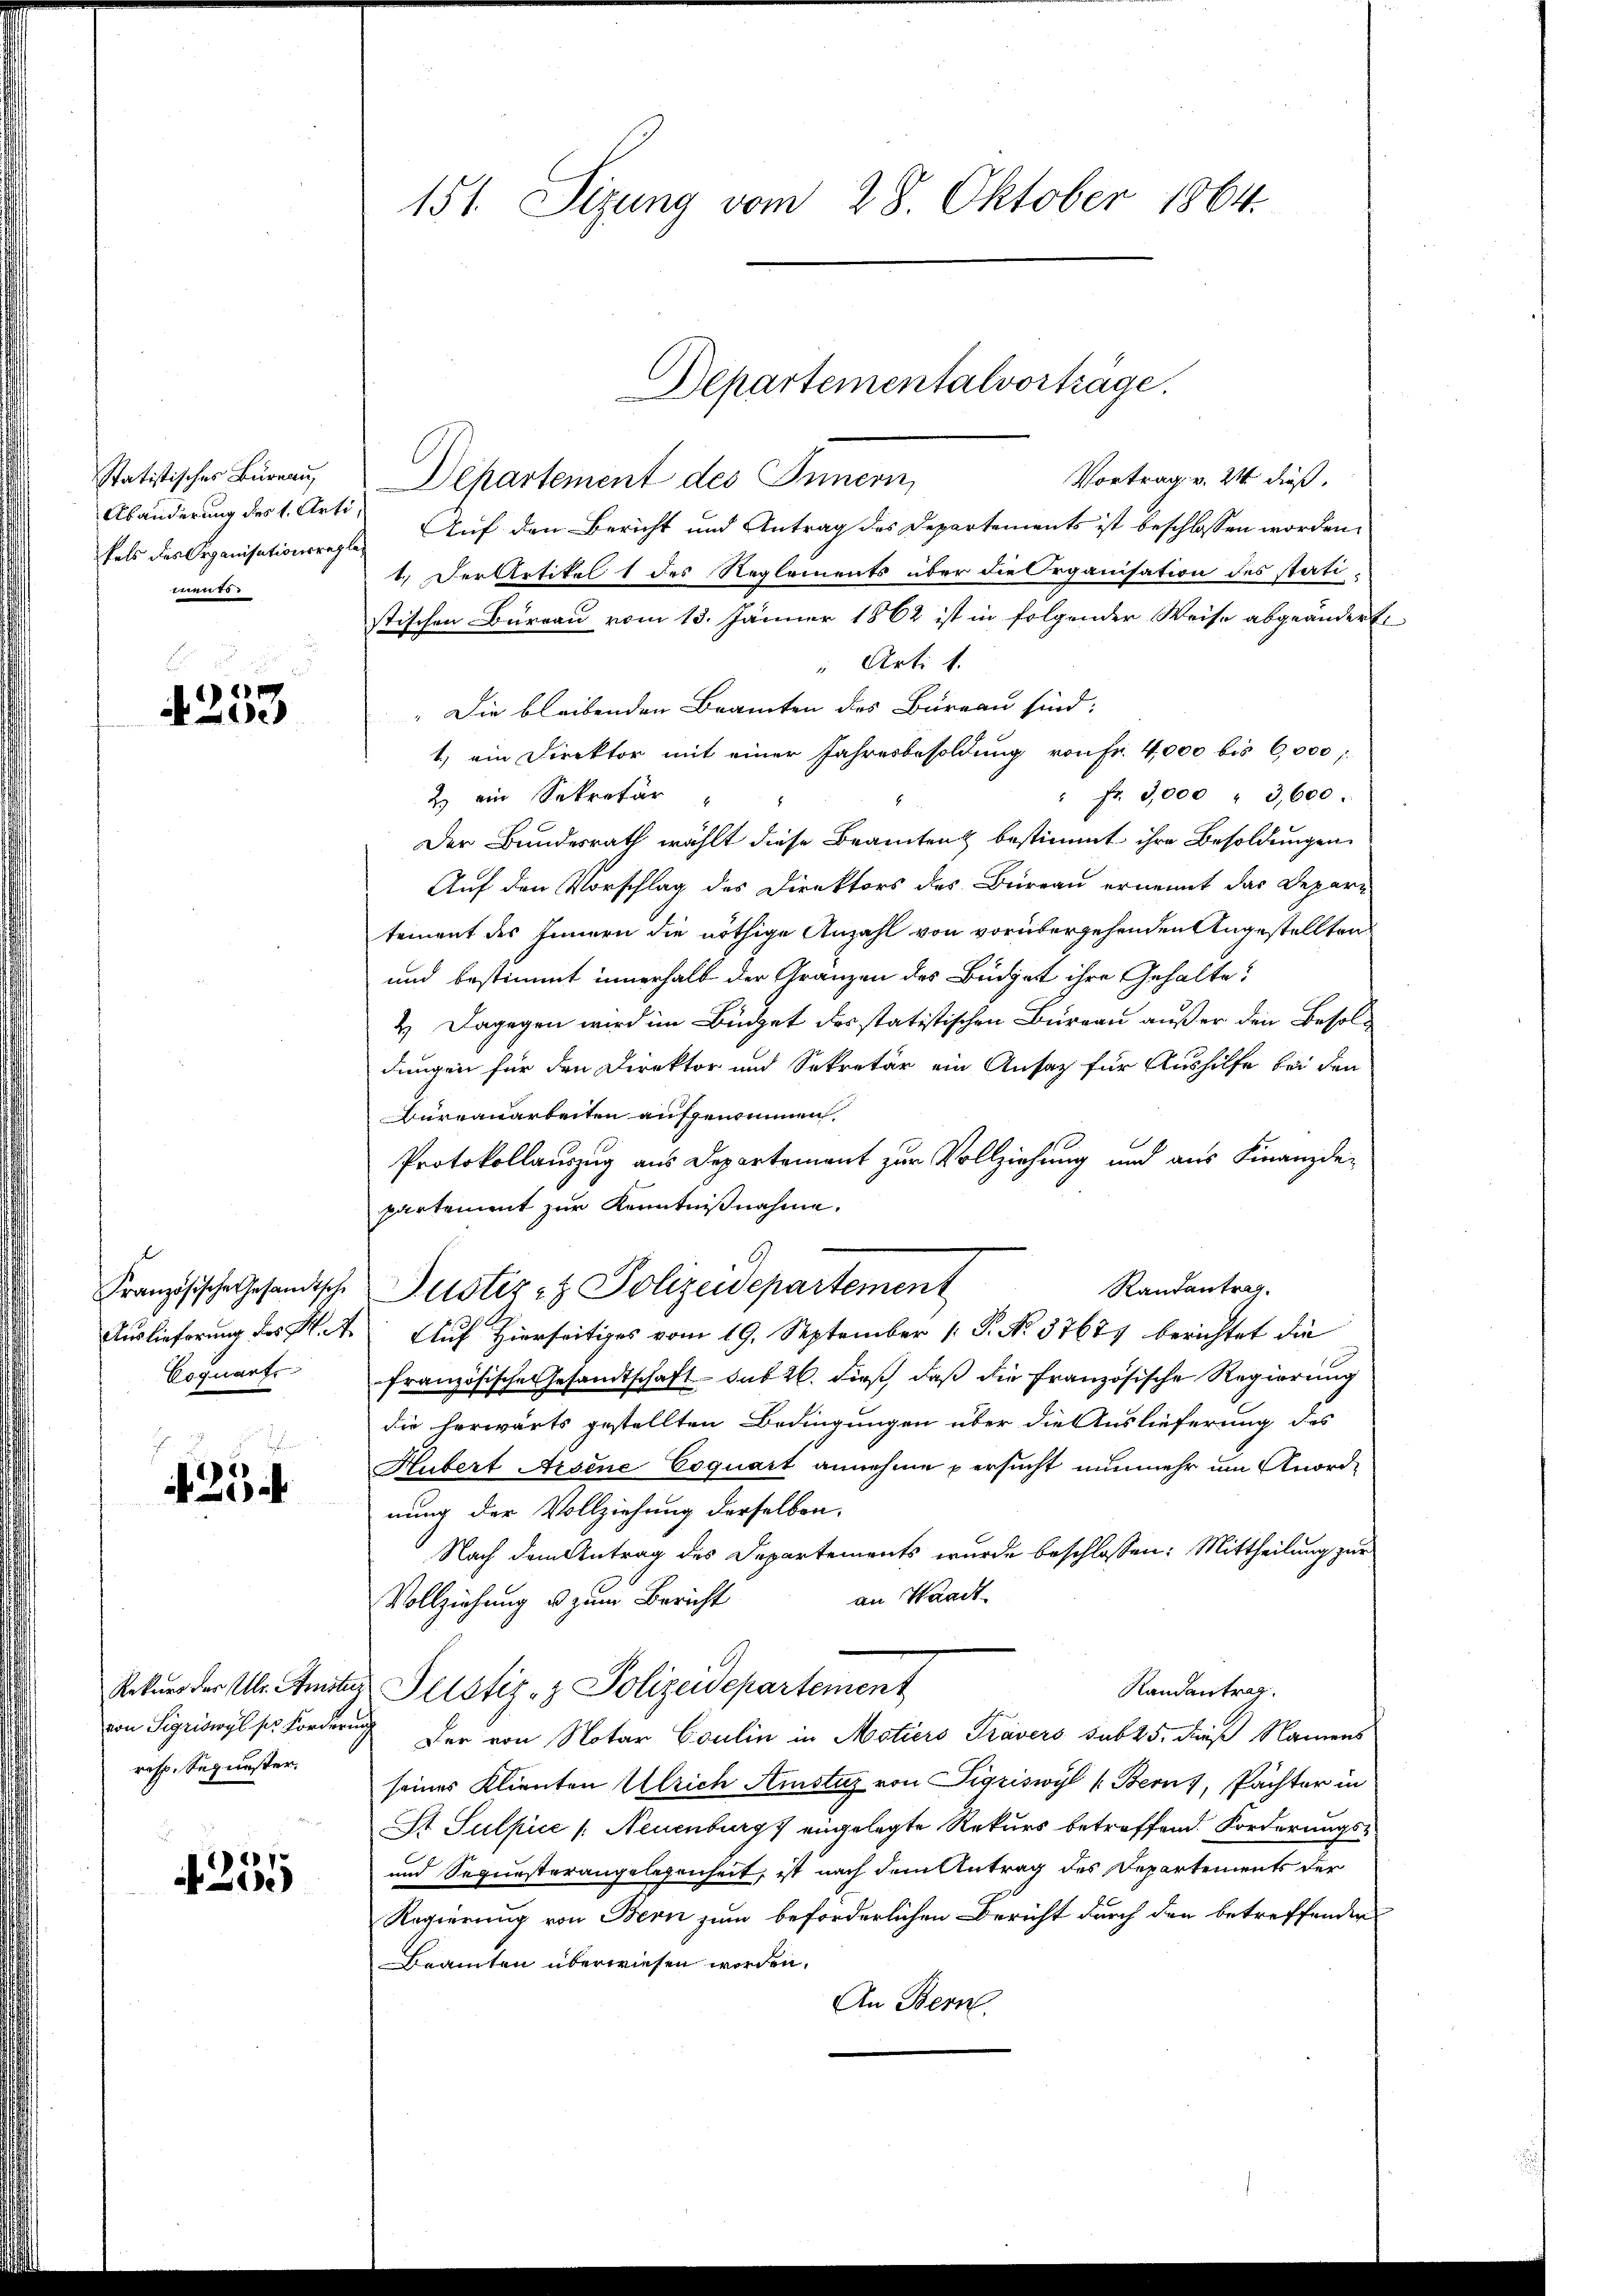
Statistisches Büreau,
Abänderung des 1. Arti,
mn 75.

b

e

Coquart

4254

resp. Sepunster.

e
1)

151. Sizung vom 28. Oktober 1864.

Vortrag v. 21 dieß.
Departement des Innern,
fals des Organisationsregler Auf den Bericht und Antrag des Departements ist beschlossen worden,
1.) Der Artikel 1 des Reglements über die Organisation des stati-
stischen Bureau vom 13. Jänner 1862 ist in folgender Weise abgeänderte
" Arti 1
" Die bleibenden Branten des Büreau sind.
1.) ein Direktor mit einer Jahresbesoldung von Fr. 4000 bis 6,000,
" fr. 9,000 " 3,600.
2. ein Sekretär
Der Bundesrath wählt diese Beamten bestimmt ihre Besoldungen
Auf den Vorschlag des Direktors des Büreau ernennt das Depar-
tement des Innern die nöthige Anzahl von vorübergehenden Angestellten
und bestimmt innerhalb der Gränzen des Büdget ihre Gehalte
2. Dagegen wird im Büdget des statistischen Bureau außer den Besoldungen für den Direktor und Sekretär ein Ansatz für Aushilfe bei den
Büreauarbeiten aufgenommen.
Protokollauszug aus Departement zur Vollziehung und aus Finanzde-
partement zur Kenntnißnahme.
Randantrag.
Französische Gesandtsche Justiz- & Polizeidepartement
Auslieferung des K. A. Auf Hierseitiges vom 19. September 1 P. No. 37671 berichtet die
französische Gesandtschaft sub 26. dieß, daß die französische Regierung
die herwärts gestellten Bedingungen über die Auslieferung des
Hubert Arsene Coquart annehme persucht nunmehr um Anord-
nung der Vollziehung derselben.
Nach dem Antrag des Departements wurde beschlossen: Mittheilung zur
an Waadt
Vollziehung u. zum Bericht
Rekurs der Ulr. Amste Pelstiz- & Polizeidepartement
Randantrag.
von Sigriswyl ser Forderung der von Notar Coulin in Motiers Travers sub 25. dieß Namens
seines Klienten Ulrich Amstuz von Sigriswyl (Bern), Pächter in
St Sulpice /: Neuenburg eingelegte Rekurs betreffend. Forderungs¬
und Sequesterangelegenheit, ist nach dem Antrag des Departements der
Regierung von Bern zum beforderlichen Bericht durch den betreffenden
Beamten überwiesen worden.
An Bern.

Departementalvorträge.